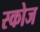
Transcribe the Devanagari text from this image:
स्कोज